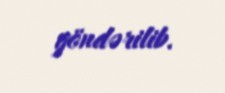
göndərilib.